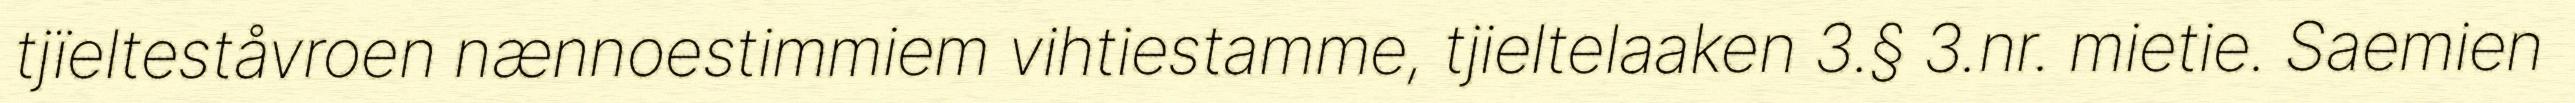
tjïelteståvroen nænnoestimmiem vihtiestamme, tjieltelaaken 3.§ 3.nr. mietie. Saemien